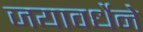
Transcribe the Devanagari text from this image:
जयावर्धेने